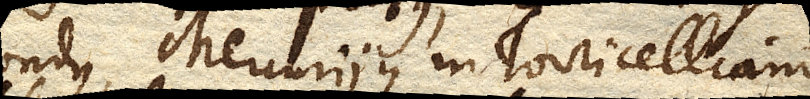
pondus, Mercuriique in Torricelliano